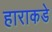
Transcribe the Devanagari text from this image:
हाराकडे